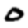
Digit: 0